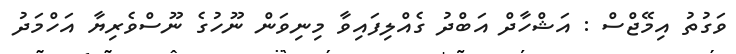
ވަގުތު އިމޭޖްސް : އަޝްހާދް އަބްދު ގެއްލިފައިވާ މިނިވަން ނޫހުގެ ނޫސްވެރިޔާ އަހްމަދު